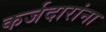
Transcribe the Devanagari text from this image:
कर्जदारांना